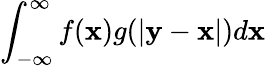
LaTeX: \int_{-\infty}^{\infty}f(\mathbf{x})g(|\mathbf{y}-\mathbf{x}|)d\mathbf{x}